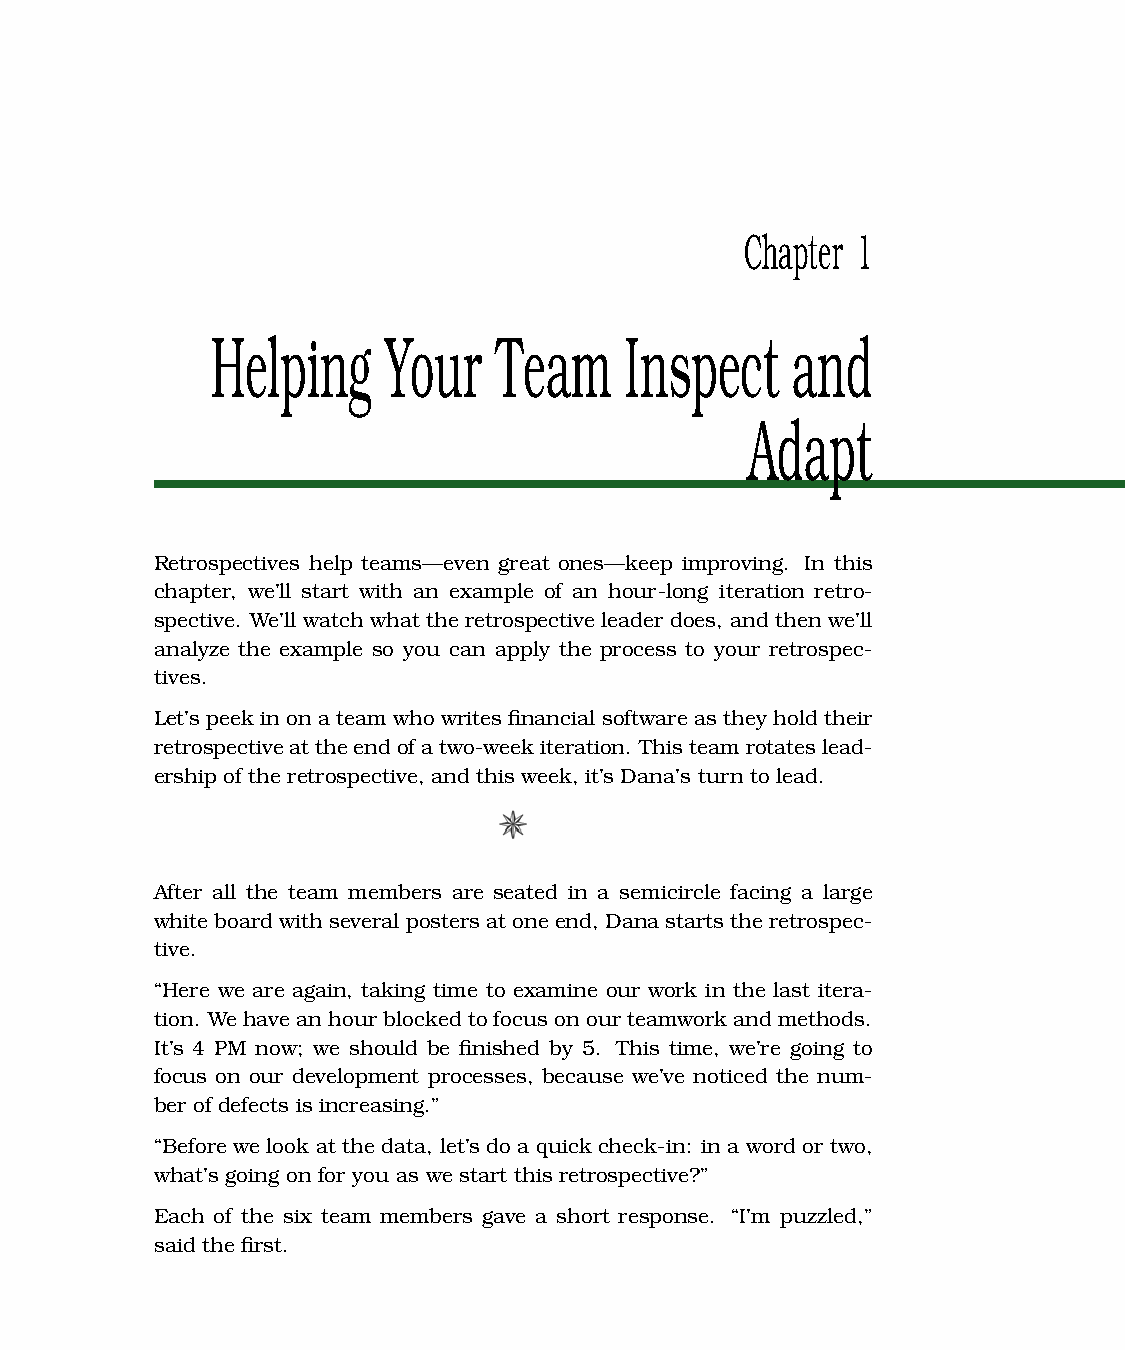
Chapter 1
 Helping     Your   Team    Inspect    and
 Adapt
 Retrospectives help teams—even great ones—keep improving. In this
 chapter, we’ll start with an example of an hour-long iteration retro-
 spective. We’ll watch what the retrospective leader does, and then we’ll
 analyze the example so you can apply the process to your retrospec-
 tives.
 Let’speek in on a teamwhowritesfinancial softwareas they hold their
 retrospectiveattheendofatwo-weekiteration. Thisteamrotateslead-
 ership of the retrospective, and this week, it’s Dana’s turn to lead.
 After all the team members are seated in a semicircle facing a large
 whiteboardwithseveral posters atone end, Danastartstheretrospec-
 tive.
 “Here we are again, taking time to examine our work in the last itera-
 tion. Wehave an hour blocked tofocus on our teamworkand methods.
 It’s 4 PM now; we should be finished by 5. This time, we’re going to
 focus on our development processes, because we’ve noticed the num-
 ber of defects is increasing.”
 “Before we look at the data, let’s do a quick check-in: in a word or two,
 what’s going on for you as we start this retrospective?”
 Each of the six team members gave a short response. “I’m puzzled,”
 said the first.